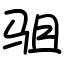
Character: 驵